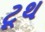
ટૂથ